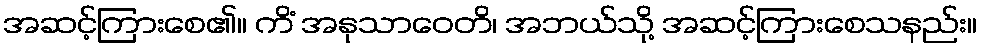
အဆင့်ကြားစေ၏။ ကိံ အနုသာဝေတိ၊ အဘယ်သို့ အဆင့်ကြားစေသနည်း။